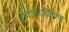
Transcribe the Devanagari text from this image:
बॉयोएनर्जेटिक्स